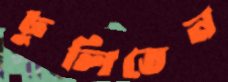
ঢুলিতেন